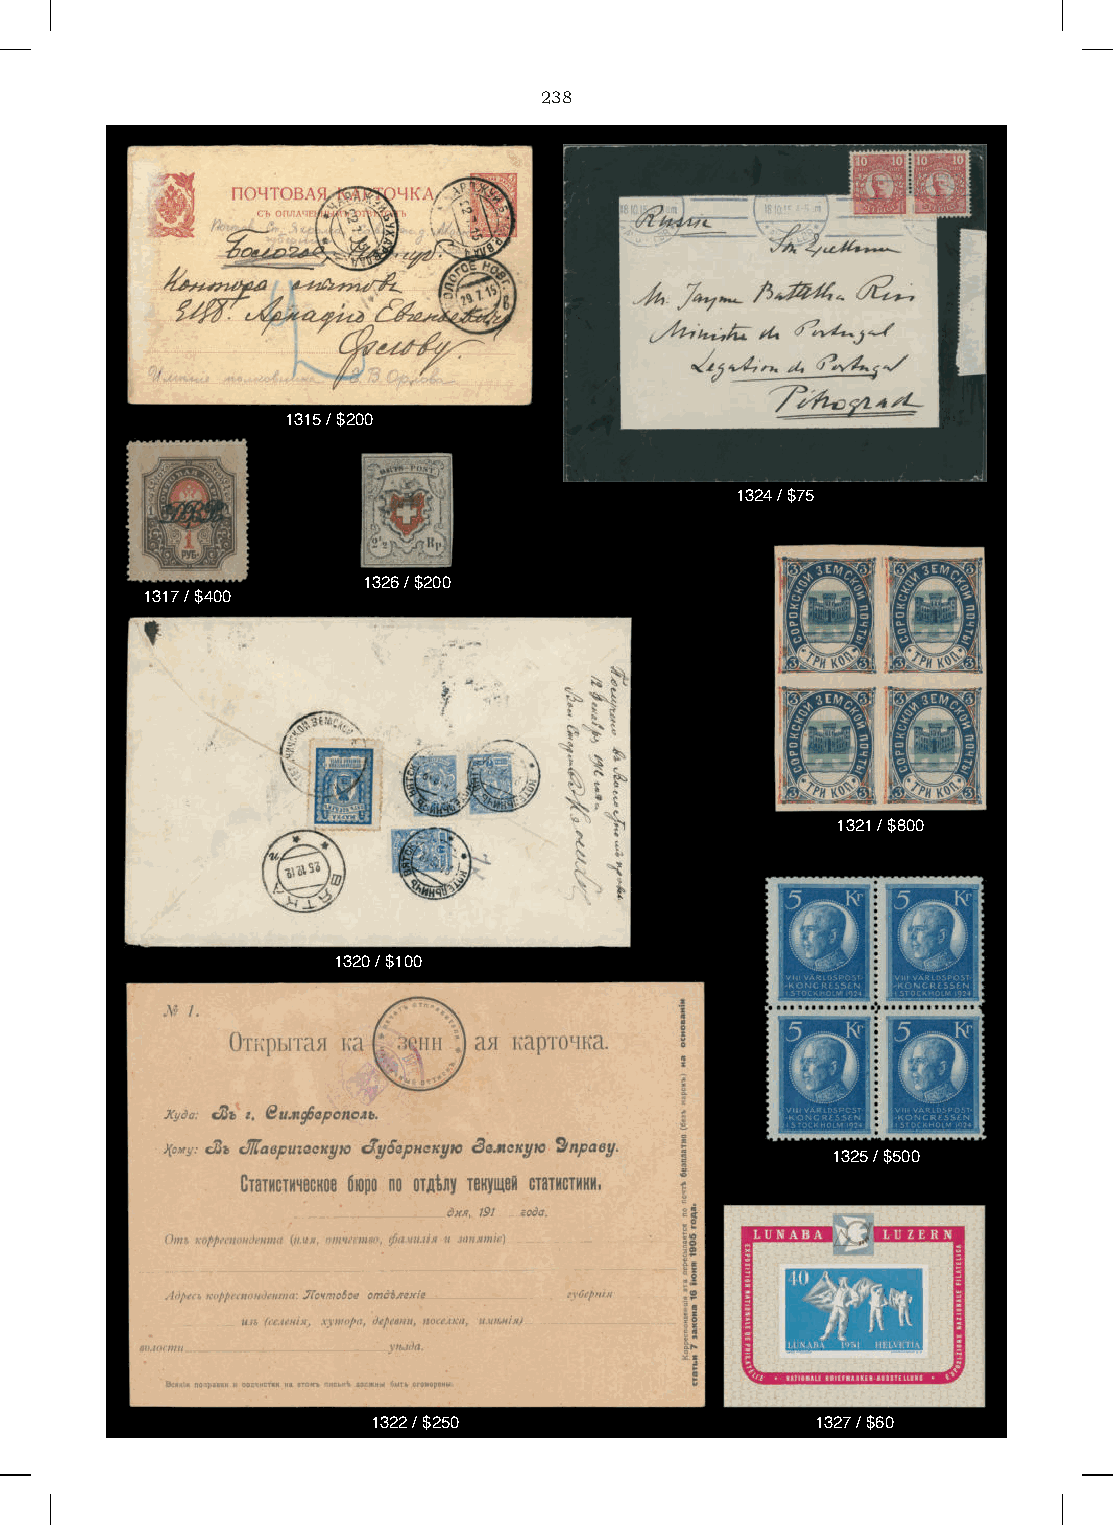
238
 1315 / $200
 1324 / $75
 1326 / $200
 1317 / $400
 1321 / $800
 1320 / $100
 1325 / $500
 1322 / $250                  1327 / $60